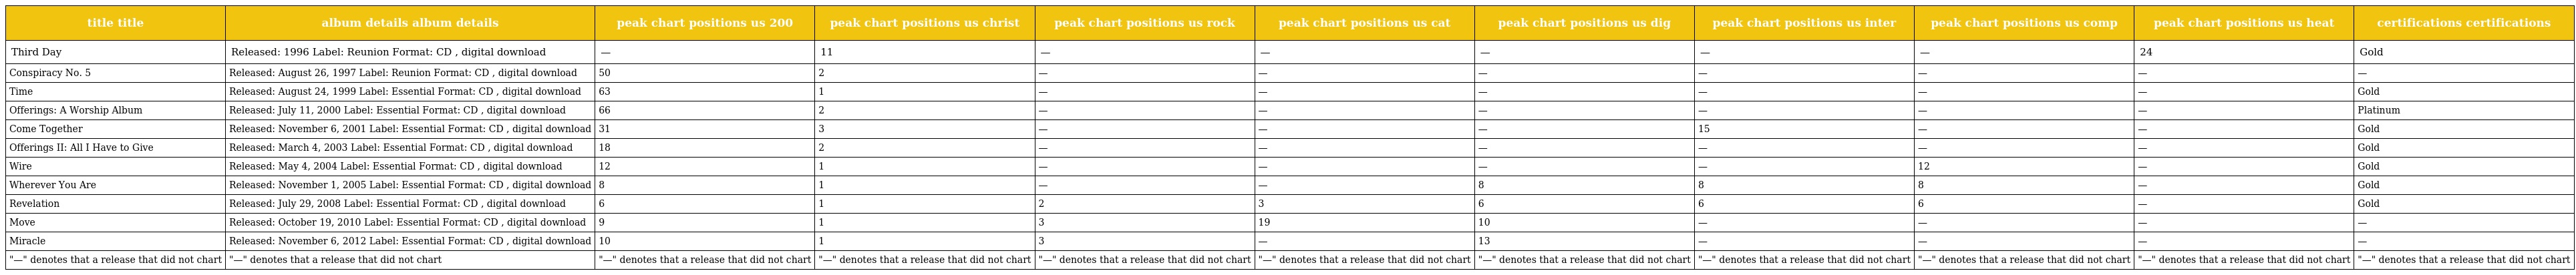
| title title | album details album details | peak chart positions us 200 | peak chart positions us christ | peak chart positions us rock | peak chart positions us cat | peak chart positions us dig | peak chart positions us inter | peak chart positions us comp | peak chart positions us heat | certifications certifications |
 | --- | --- | --- | --- | --- | --- | --- | --- | --- | --- | --- |
 | Third Day | Released: 1996 Label: Reunion Format: CD , digital download | — | 11 | — | — | — | — | — | 24 | Gold |
 | Conspiracy No. 5 | Released: August 26, 1997 Label: Reunion Format: CD , digital download | 50 | 2 | — | — | — | — | — | — | — |
 | Time | Released: August 24, 1999 Label: Essential Format: CD , digital download | 63 | 1 | — | — | — | — | — | — | Gold |
 | Offerings: A Worship Album | Released: July 11, 2000 Label: Essential Format: CD , digital download | 66 | 2 | — | — | — | — | — | — | Platinum |
 | Come Together | Released: November 6, 2001 Label: Essential Format: CD , digital download | 31 | 3 | — | — | — | 15 | — | — | Gold |
 | Offerings II: All I Have to Give | Released: March 4, 2003 Label: Essential Format: CD , digital download | 18 | 2 | — | — | — | — | — | — | Gold |
 | Wire | Released: May 4, 2004 Label: Essential Format: CD , digital download | 12 | 1 | — | — | — | — | 12 | — | Gold |
 | Wherever You Are | Released: November 1, 2005 Label: Essential Format: CD , digital download | 8 | 1 | — | — | 8 | 8 | 8 | — | Gold |
 | Revelation | Released: July 29, 2008 Label: Essential Format: CD , digital download | 6 | 1 | 2 | 3 | 6 | 6 | 6 | — | Gold |
 | Move | Released: October 19, 2010 Label: Essential Format: CD , digital download | 9 | 1 | 3 | 19 | 10 | — | — | — | — |
 | Miracle | Released: November 6, 2012 Label: Essential Format: CD , digital download | 10 | 1 | 3 | — | 13 | — | — | — | — |
 | "—" denotes that a release that did not chart | "—" denotes that a release that did not chart | "—" denotes that a release that did not chart | "—" denotes that a release that did not chart | "—" denotes that a release that did not chart | "—" denotes that a release that did not chart | "—" denotes that a release that did not chart | "—" denotes that a release that did not chart | "—" denotes that a release that did not chart | "—" denotes that a release that did not chart | "—" denotes that a release that did not chart |